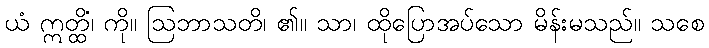
ယံ ဣတ္ထိံ၊ ကို။ ဩဘာသတိ၊ ၏။ သာ၊ ထိုပြောအပ်သော မိန်းမသည်။ သစေ